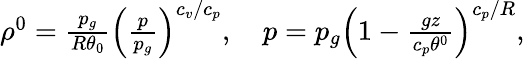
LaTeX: \begin{array}{r}{\rho^{0}=\frac{p_{g}}{R\theta_{0}}\left(\frac{p}{p_{g}}\right)^{c_{v}/c_{p}},\quad p=p_{g}\left(1-\frac{gz}{c_{p}\theta^{0}}\right)^{c_{p}/R},}\end{array}